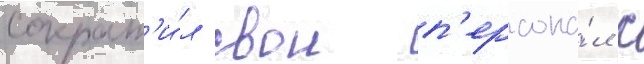
сократ'и́л свои п'ерсона́л с